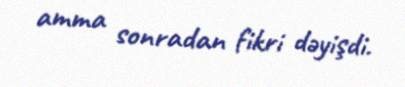
amma sonradan fikri dəyişdi.